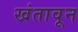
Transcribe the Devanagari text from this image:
खंतावून